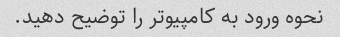
نحوه ورود به کامپیوتر را توضیح دهید.